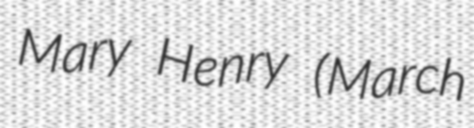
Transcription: Mary Henry (March